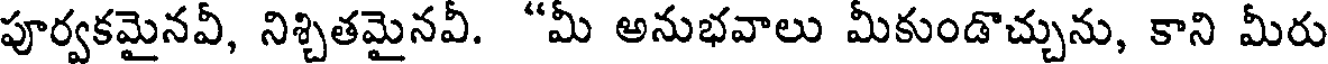
పూర్వకమైనవీ, నిశ్చితమైనవీ. "మీ అనుభవాలు మీకుండొచ్చును, కాని మీరు